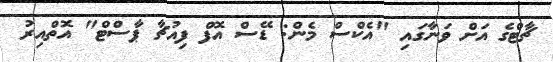
ޗާޓްގެ އަށް ވަނާގައި "އެކްސް މެން: ޑޭސް އޮފް ފިއުޗާ ޕާސްޓް" އޮތްއިރު